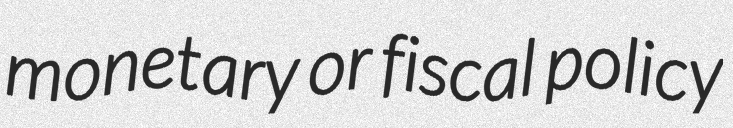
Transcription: monetary or fiscal policy